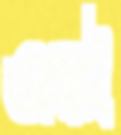
আখরাই